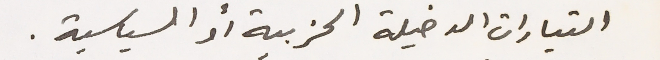
التيارات الدخيلة الحزبية أو السياسية.